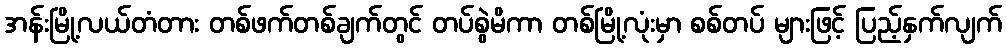
အန်းမြို့လယ်တံတား တစ်ဖက်တစ်ချက်တွင် တပ်စွဲမိကာ တစ်မြို့လုံးမှာ စစ်တပ် များဖြင့် ပြည့်နှက်လျက်